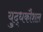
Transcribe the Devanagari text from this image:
यु्द्धकौशल